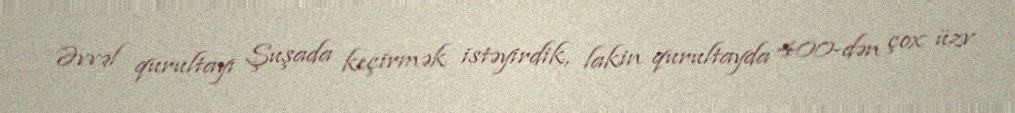
Əvvəl qurultayı Şuşada keçirmək istəyirdik, lakin qurultayda 400-dən çox üzv